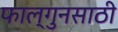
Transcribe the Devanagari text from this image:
फाल्गुनसाठी